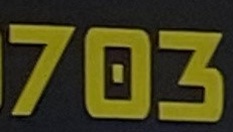
703